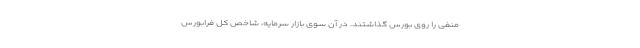
منفی را روی بورس گذاشتند. در آن سوی بازار سرمایه، شاخص کل فرابورس